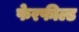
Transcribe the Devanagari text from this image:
फेरफील्ड